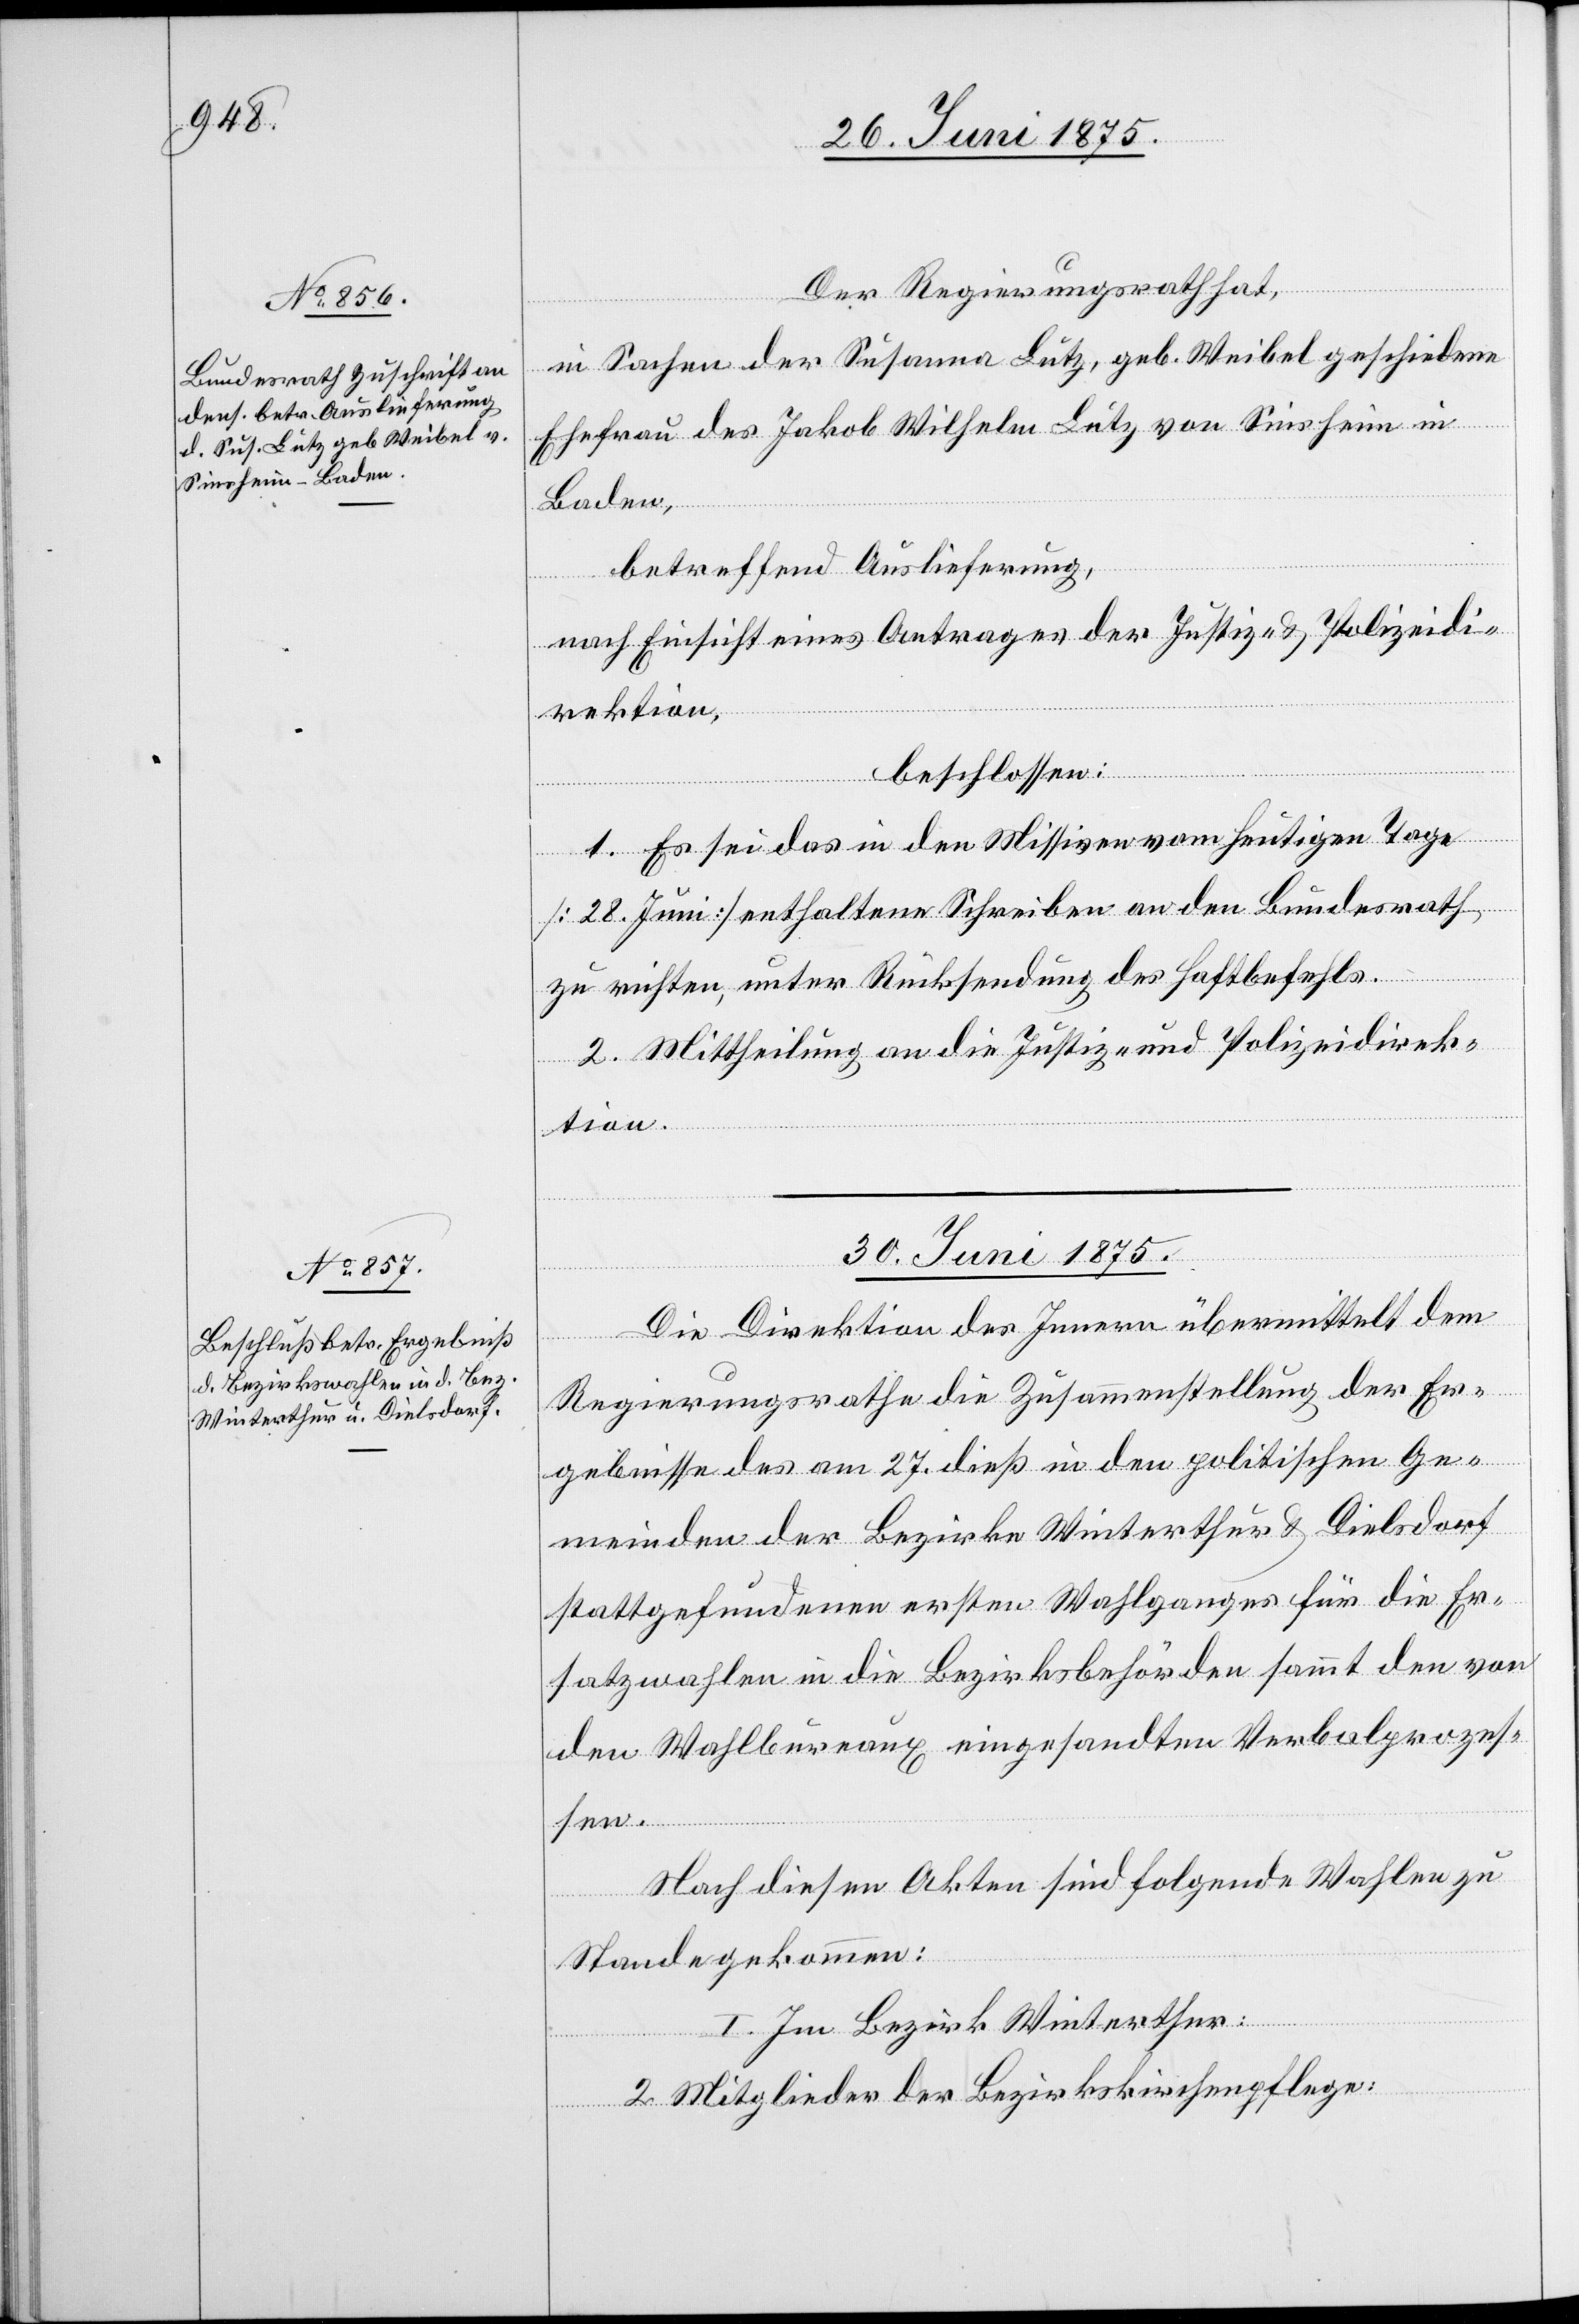
29. Juni 1875.]
Der Regierungsrath hat,
Baden,
betreffend Auslieferung,
Sinsh¬
eim
nach Einsicht eines Antrages der Justiz- & Polizeidi¬
rektion,
beschlossen:
1. Es sei das in den Missiven vom heutigen Tage
[28. Juni] enthaltene Schreiben an den Bundesrath
zu richten, unter Rücksendung des Haftbefehls.
2. Mittheilung an die Justiz- und Polizeidirek¬
tion.
30. Juni 1875.
Die Direktion des Innern übermittelt dem
Regierungsrathe die Zusammenstellung der Er¬
gebnisse des am 27. dieß. in den politischen Ge¬
meinden der Bezirke Winterthur & Dielsdorf
stattgefundenen ersten Wahlganges für die Er¬
satzwahlen in die Bezirksbehörden sammt den von
den Wahlbureaux eingesandten Verbalprozes¬
sen.
Nach diesen Akten sind folgende Wahlen zu
Stande gekommen:
I. Im Bezirk Winterthur:
2 Mitglieder der Bezirkskirchenpflege:

in